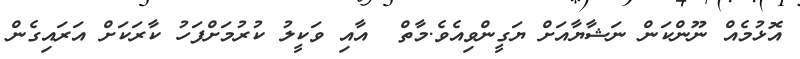
އޮޅުމެއް ނޫންކަން ނަޝާޔާއަށް ޔަގީންވިއެވެ.މާތް  އާއި ވަކީލު ކުރުމަށްފަހު ކާރަކަށް އަރައިގެން